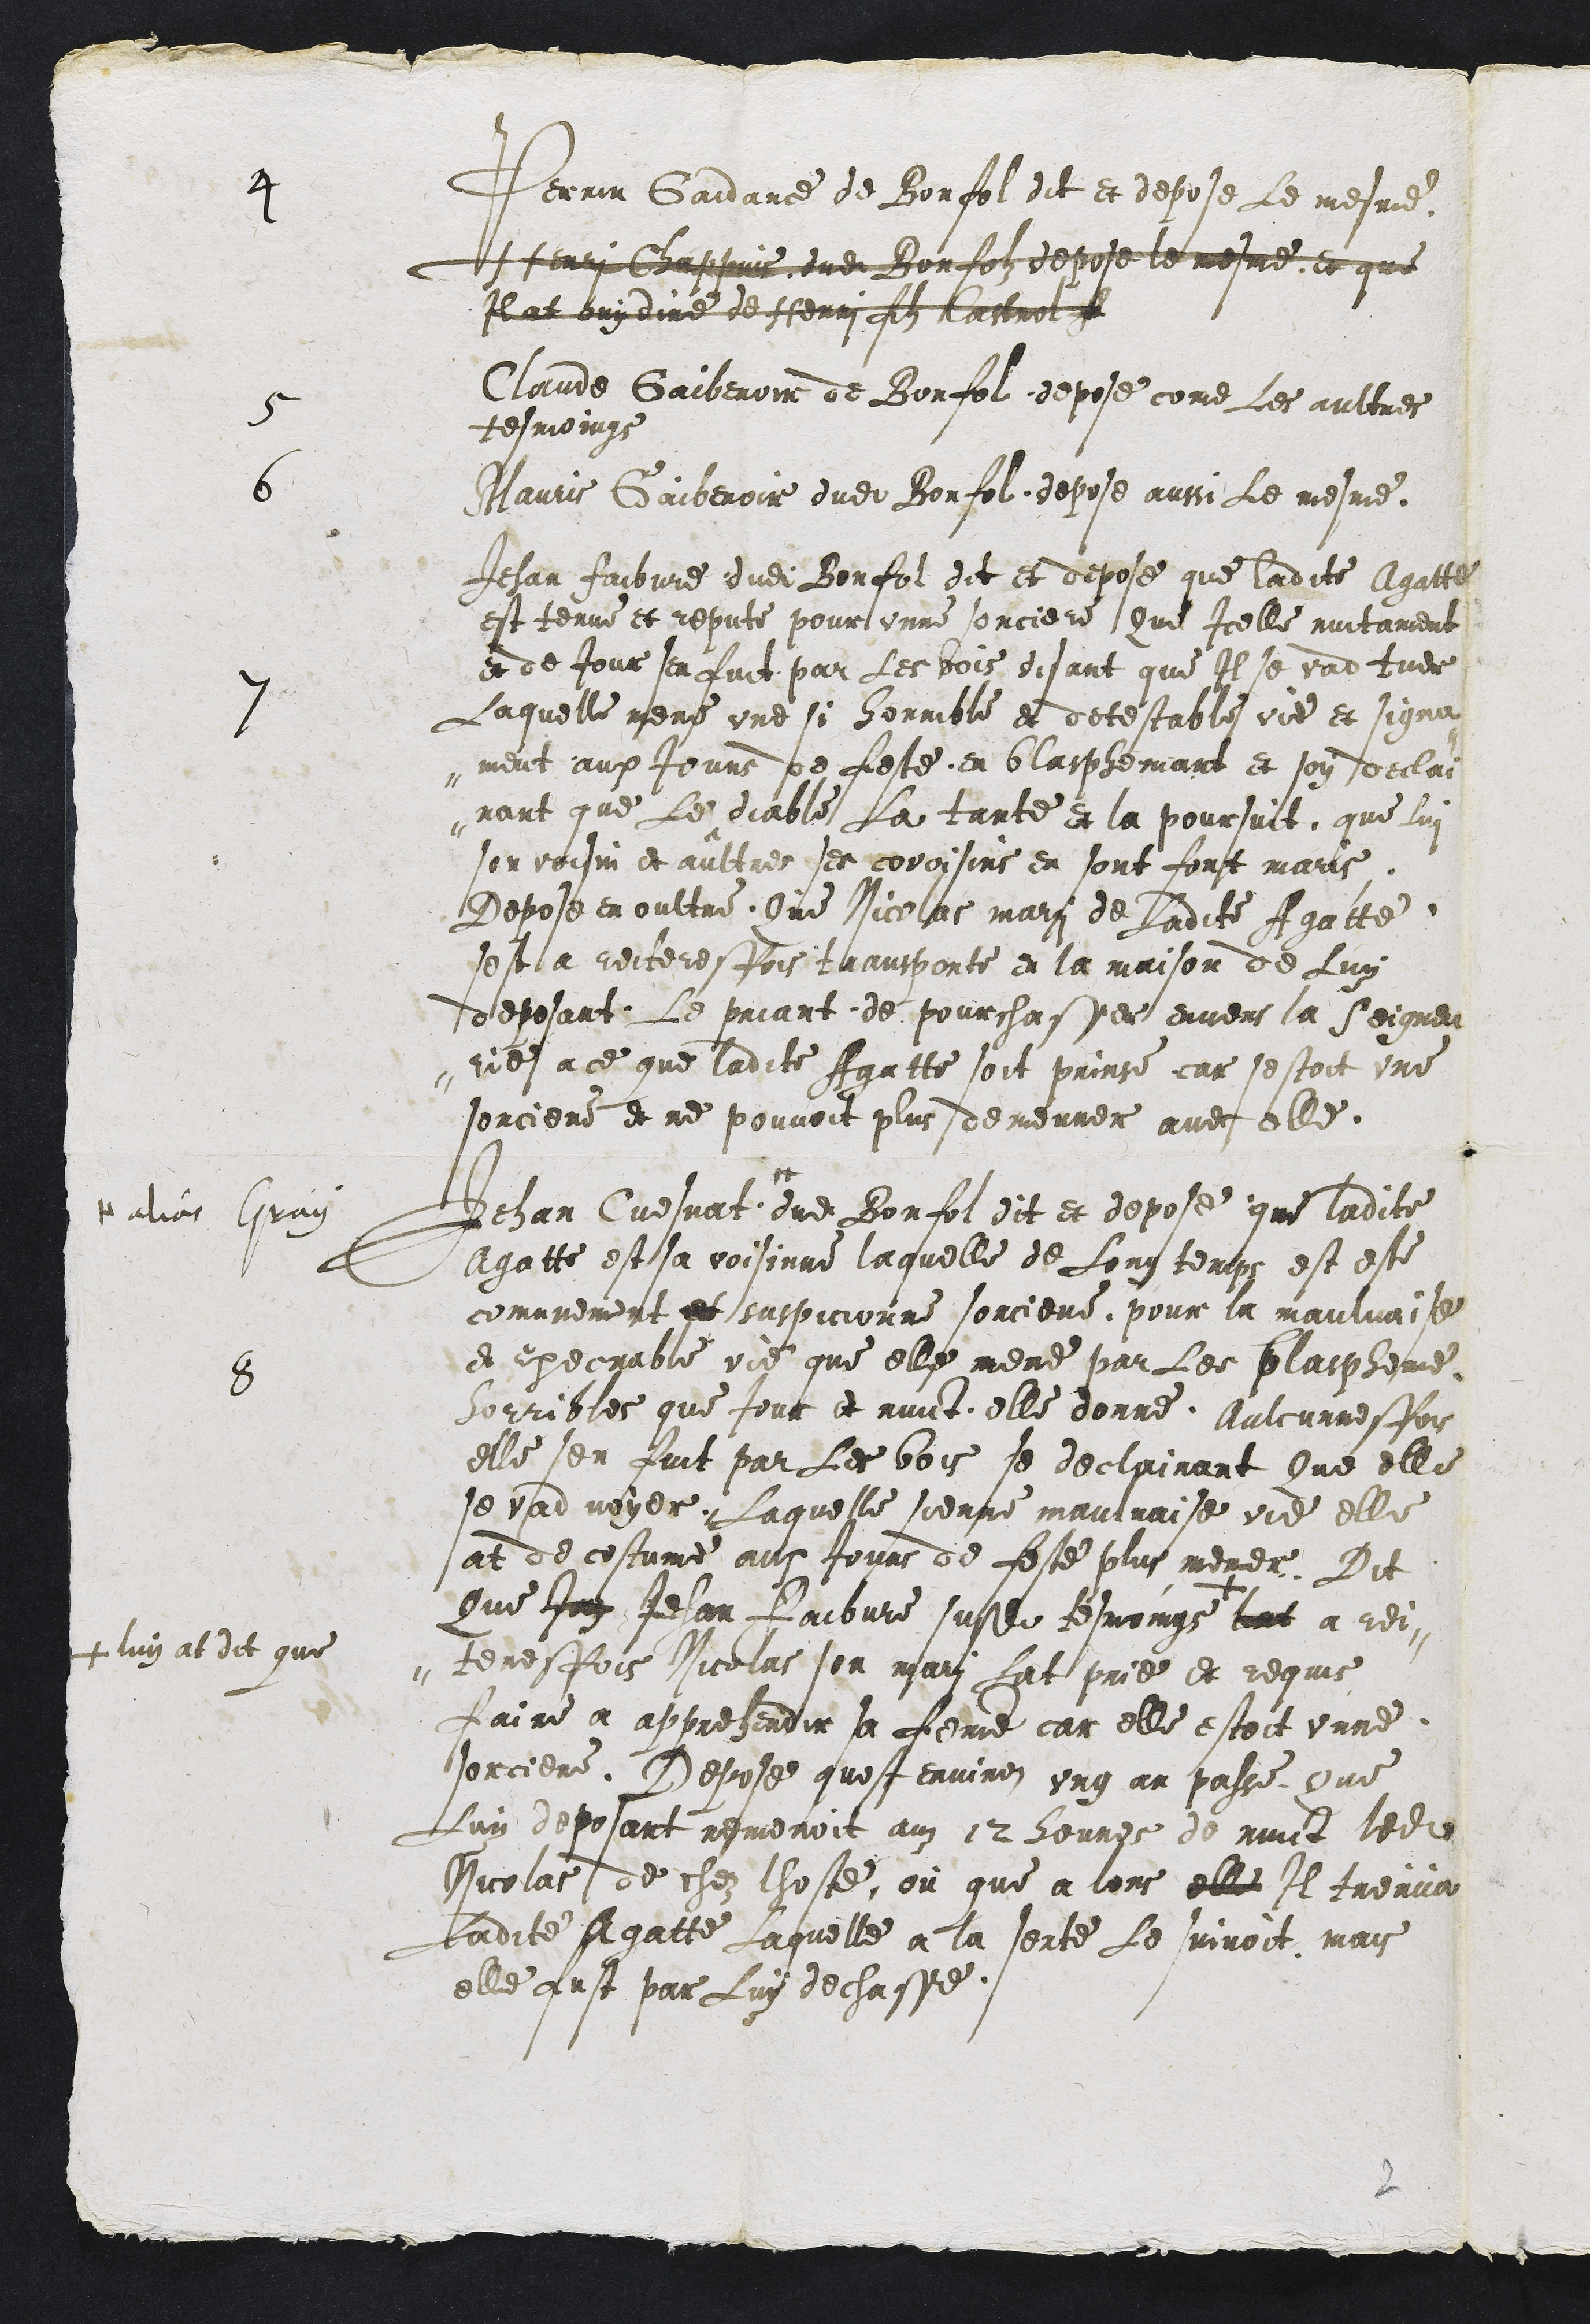
4 Perrin Gaidance de Bonfol dit et depose Le mesme.
Henri Chappuis dudit Bonfolz depose le mesme, et que
Il at ouy dire de Henri fils Castrol que
5 Claude Gaiberoir de Bonfol depose come Les aultres
tesmoings
6 Mauris Gaiberoir dudit Bonfol depose aussi Le mesme.
7 Jehan Faibvre dudit Bonfol dit et depose que ladite Agatte
est tenue et repute pour unne sorciere Que Icelle nuitament
et de Jour sen fuit par Les bois disant que Il se vad tuer
Laquelle mene une si horrible et detestable vie et signa-
-ment aux Jours de feste, en blasphemant et soy declai
-rant que Le diable La tante et la poursuit, que lui
son voisin et aultres ses covoisins en sont fort maris
Depose en oultre Que Nicolas mari de Ladite Agatte
sest a reiteresfois transporte en la maison de Luy
deposant, Le priant de pourchasser envers la Seigneu
-rie a ce que ladite Agatte soit prinse car sestoit une
sorciere et ne pouvoit plus demeurer avec elle.
8 Jehan Cuesnat #
# alias Gray
dudit Bonfol dit et depose que ladite
Agatte est sa voisinne laquelle de Long temps est este
comunement et suspicionne sorciere, pour la maulvaise
et execrable vie que elle mene par Les blaspheme
horribles que Jour et nuict elle donne Aulcunnesfois
elle sen fuit par Les bois se declairant Que elle
se vad noyer. Laquelle sienne maulvaise vie elle
at de costume aux Jours de feste plus mener. Dit
Que Jay Jehan Faibvre susdit tesmoings
+ luy at dit que
bat a rei-
-teresfois Nicolas son mari Lat prie et requis
faire a apprehendir sa femme car elle estoit unne
sorciere. Depose quest environ ung an passe, Que
Luy deposant remenoit auz 12 heures de nuict ledit
Nicolas de chez lhoste, ou que a lors elle Il treuva
Ladite Agatte Laquelle a la sorte Le suivoit mais
elle fust par Luy dechasse.

2